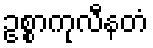
ဥစ္စာကုလီနတံ